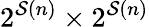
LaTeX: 2^{\mathcal{S}(n)}\times2^{\mathcal{S}(n)}